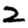
Digit: 2